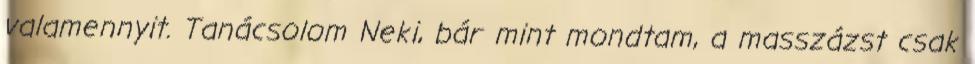
valamennyit. Tanácsolom Neki, bár mint mondtam, a masszázst csak